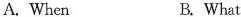
A. When B. What